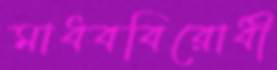
মাধববিরোধী